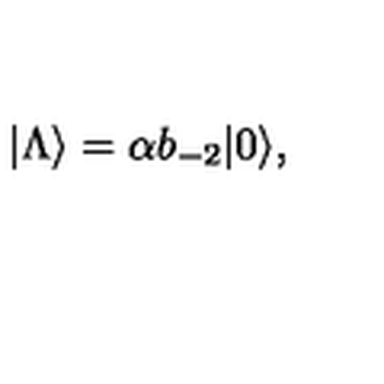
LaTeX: | \Lambda \rangle = \alpha b _ { - 2 } | 0 \rangle ,